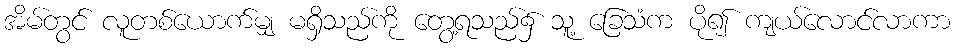
အိမ်တွင် လူတစ်ယောက်မျှ မရှိသည်ကို တွေ့ရသည်၌ သူ့ ခြေသံက ပို၍ ကျယ်လောင်လာကာ